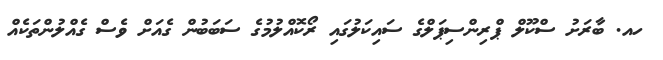
ހއ. ބާރަށު ސްކޫލް ޕްރިންސިޕަލްގެ ސައިކަލުގައި ރޯކޮއްލުމުގެ ސަބަބުން ގެއަށް ވެސް ގެއްލުންތަކެއް